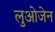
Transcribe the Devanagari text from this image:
लुओजेन